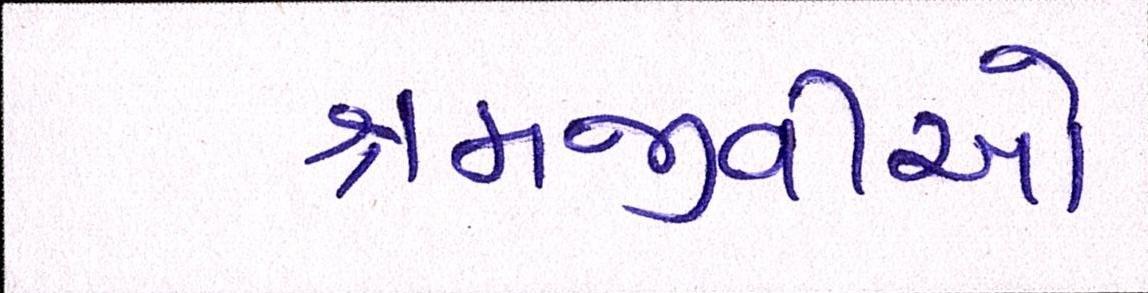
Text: શ્રમજીવીઓ